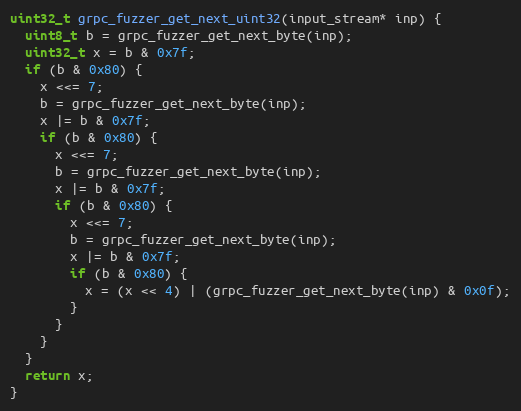
Language: C++
uint32_t grpc_fuzzer_get_next_uint32(input_stream* inp) {
  uint8_t b = grpc_fuzzer_get_next_byte(inp);
  uint32_t x = b & 0x7f;
  if (b & 0x80) {
    x <<= 7;
    b = grpc_fuzzer_get_next_byte(inp);
    x |= b & 0x7f;
    if (b & 0x80) {
      x <<= 7;
      b = grpc_fuzzer_get_next_byte(inp);
      x |= b & 0x7f;
      if (b & 0x80) {
        x <<= 7;
        b = grpc_fuzzer_get_next_byte(inp);
        x |= b & 0x7f;
        if (b & 0x80) {
          x = (x << 4) | (grpc_fuzzer_get_next_byte(inp) & 0x0f);
        }
      }
    }
  }
  return x;
}